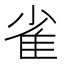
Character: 雀